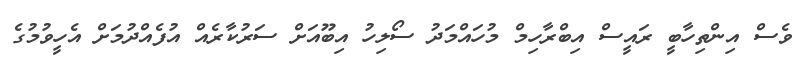
ވެސް އިންތިހާބީ ރައީސް އިބްރާހިމް މުހައްމަދު ސޯލިހު އިބޫއަށް ސަރުކާރެއް އުފެއްދުމަށް އެހީވުމުގެ